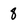
Character: 8